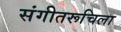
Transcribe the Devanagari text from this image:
संगीतरूचिला